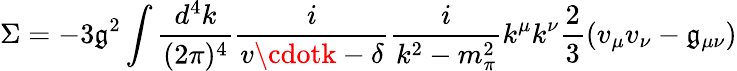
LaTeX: \Sigma=-3\mathfrak{g}^{2}\int{\frac{{d^{4}k}}{{(2\pi)^{4}}}}{\frac{{i}}{{v\cdotk-\delta}}}{\frac{{i}}{{k^{2}-m_{\pi}^{2}}}}k^{\mu}k^{\nu}{\frac{{2}}{{3}}}(v_{\mu}v_{\nu}-\mathfrak{g}_{\mu\nu})